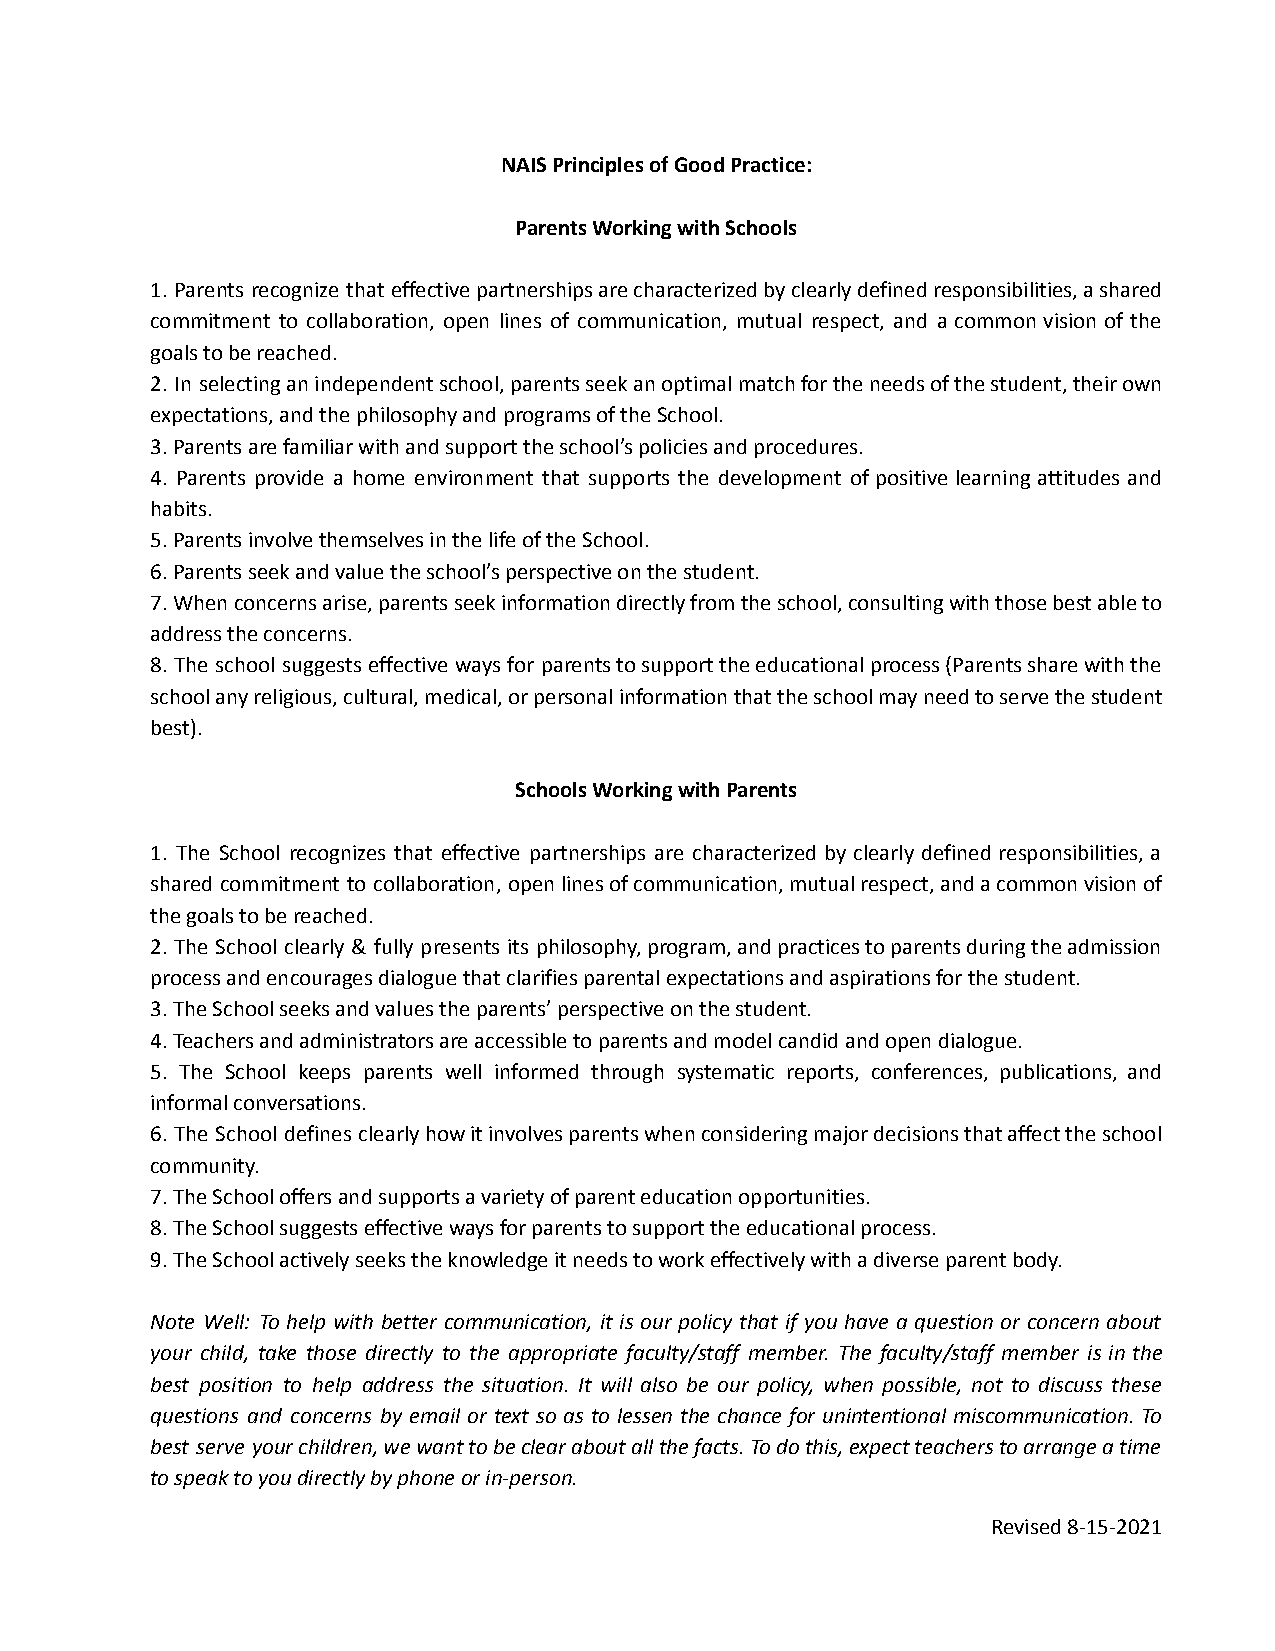
NAIS Principles of Good Practice:
 Parents Working with Schools
 1. Parents recognize that effectivepartnershipsarecharacterizedbyclearlydefinedresponsibilities,ashared
 commitment to collaboration, open lines of communication, mutual respect, and a common vision of the
 goals to be reached.
 2. In selectinganindependentschool,parentsseekanoptimalmatchfortheneedsofthestudent,theirown
 expectations, and the philosophy and programs of theSchool.
 3. Parents are familiar with and support the school’spolicies and procedures.
 4. Parents provide a home environment that supports the development of positive learning attitudes and
 habits.
 5. Parents involve themselves in the life of the School.
 6. Parents seek and value the school’s perspectiveon the student.
 7.Whenconcernsarise,parentsseekinformationdirectlyfromtheschool,consultingwiththosebestableto
 address the concerns.
 8. The school suggests effective ways for parentstosupporttheeducationalprocess(Parentssharewiththe
 schoolanyreligious,cultural,medical,orpersonalinformationthattheschoolmayneedtoservethestudent
 best).
 Schools Working with Parents
 1. The School recognizes that effective partnerships are characterized by clearly defined responsibilities, a
 shared commitment to collaboration, openlinesofcommunication,mutualrespect,andacommonvisionof
 the goals to be reached.
 2. The School clearly & fully presents its philosophy,program,andpracticestoparentsduringtheadmission
 process and encourages dialogue that clarifies parentalexpectations and aspirations for the student.
 3. The School seeks and values the parents’ perspectiveon the student.
 4. Teachers and administrators are accessible to parentsand model candid and open dialogue.
 5. The School keeps parents well informed through systematic reports, conferences, publications, and
 informal conversations.
 6. The School defines clearlyhowitinvolvesparentswhenconsideringmajordecisionsthataffecttheschool
 community.
 7. The School offers and supports a variety of parenteducation opportunities.
 8. The School suggests effective ways for parentsto support the educational process.
 9. The School actively seeks the knowledge it needsto work effectively with a diverse parent body.
 Note Well: To help with better communication, it is our policy that if you have a question or concern about
 your child, take those directly to the appropriate faculty/staff member. The faculty/staff member is in the
 best position to help address the situation. It will also be our policy, when possible, not to discuss these
 questions and concerns by email or text so as to lessen the chance for unintentional miscommunication. To
 best serve yourchildren,wewanttobeclearaboutallthefacts.Todothis,expectteacherstoarrangeatime
 to speak to you directly by phone or in-person.
 Revised 8-15-2021